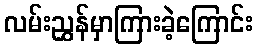
လမ်းညွှန်မှာကြားခဲ့ကြောင်း